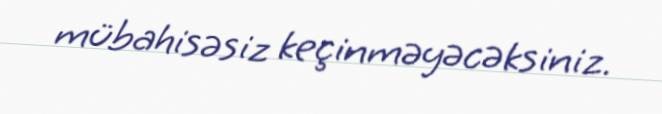
mübahisəsiz keçinməyəcəksiniz.